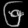
Digit: ၆